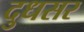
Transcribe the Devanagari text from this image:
दुधसर